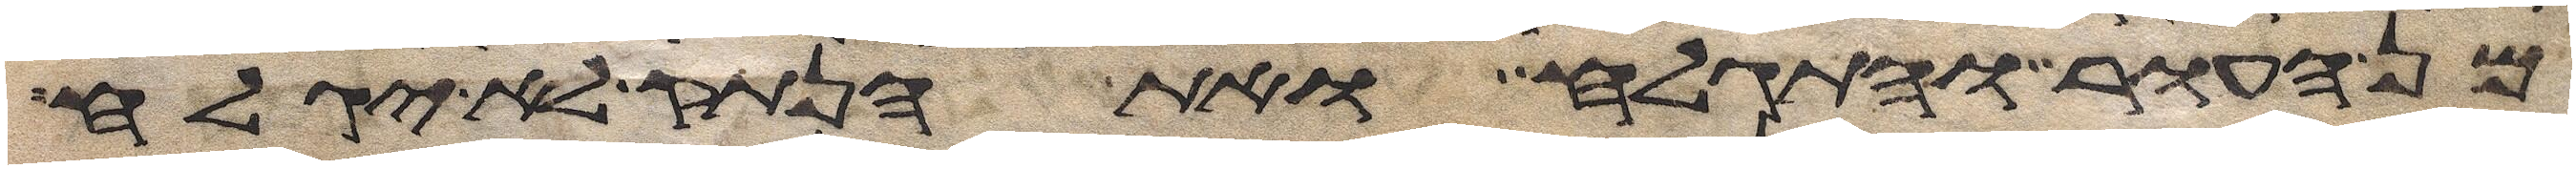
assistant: מן העור והתגלח ואת הנתק לא יגלח